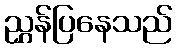
ညွှန်ပြနေသည်